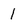
Character: I